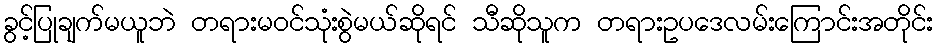
ခွင့်ပြုချက်မယူဘဲ တရားမဝင်သုံးစွဲမယ်ဆိုရင် သီဆိုသူက တရားဥပဒေလမ်းကြောင်းအတိုင်း